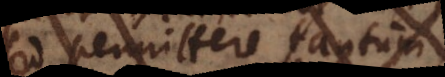
sed permittere tantum,